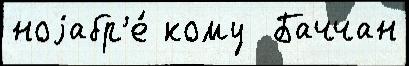
ноjабр'е́ кому  Баччан